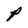
Character: P